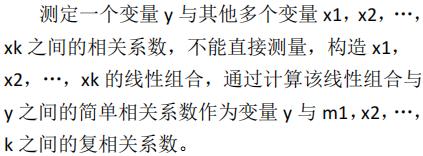
测定一个变量$y$与其他多个变量$x_1,x_2,\cdots,x_k$之间的相关系数，不能直接测量，构造$x_1,x_2,\cdots,x_k$的线性组合，通过计算该线性组合与$y$之间的简单相关系数作为变量$y$与$m_1,x_2,\cdots,x_k$之间的复相关系数。